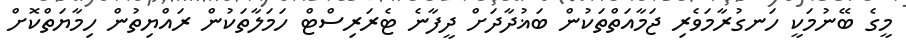
މީގެ ބޭނުމަކީ ހަނގުރާމަވެރި ޖަމާއަތްތަކުން ބަޣުދާދަށް ދީފާނެ ޓެރަރިސްޓް ހަމަލާތަކުން ރައްޔިތުން ހިމާޔަތްކޮށް